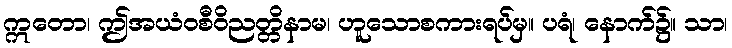
ဣတော၊ ဤအယံဝစီဝိညတ္တိနာမ၊ ဟူသောစကားရပ်မှ။ ပရံ၊ နောက်၌။ သာ၊